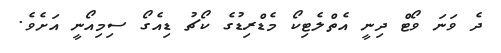
ދެ ވަނަ ވޯޓް ދިނީ އެތްލެޓިކޯ މެޑްރިޑުގެ ކޯޗު ޑިއެގޯ ސިމިއޯނީ އަށެވެ.